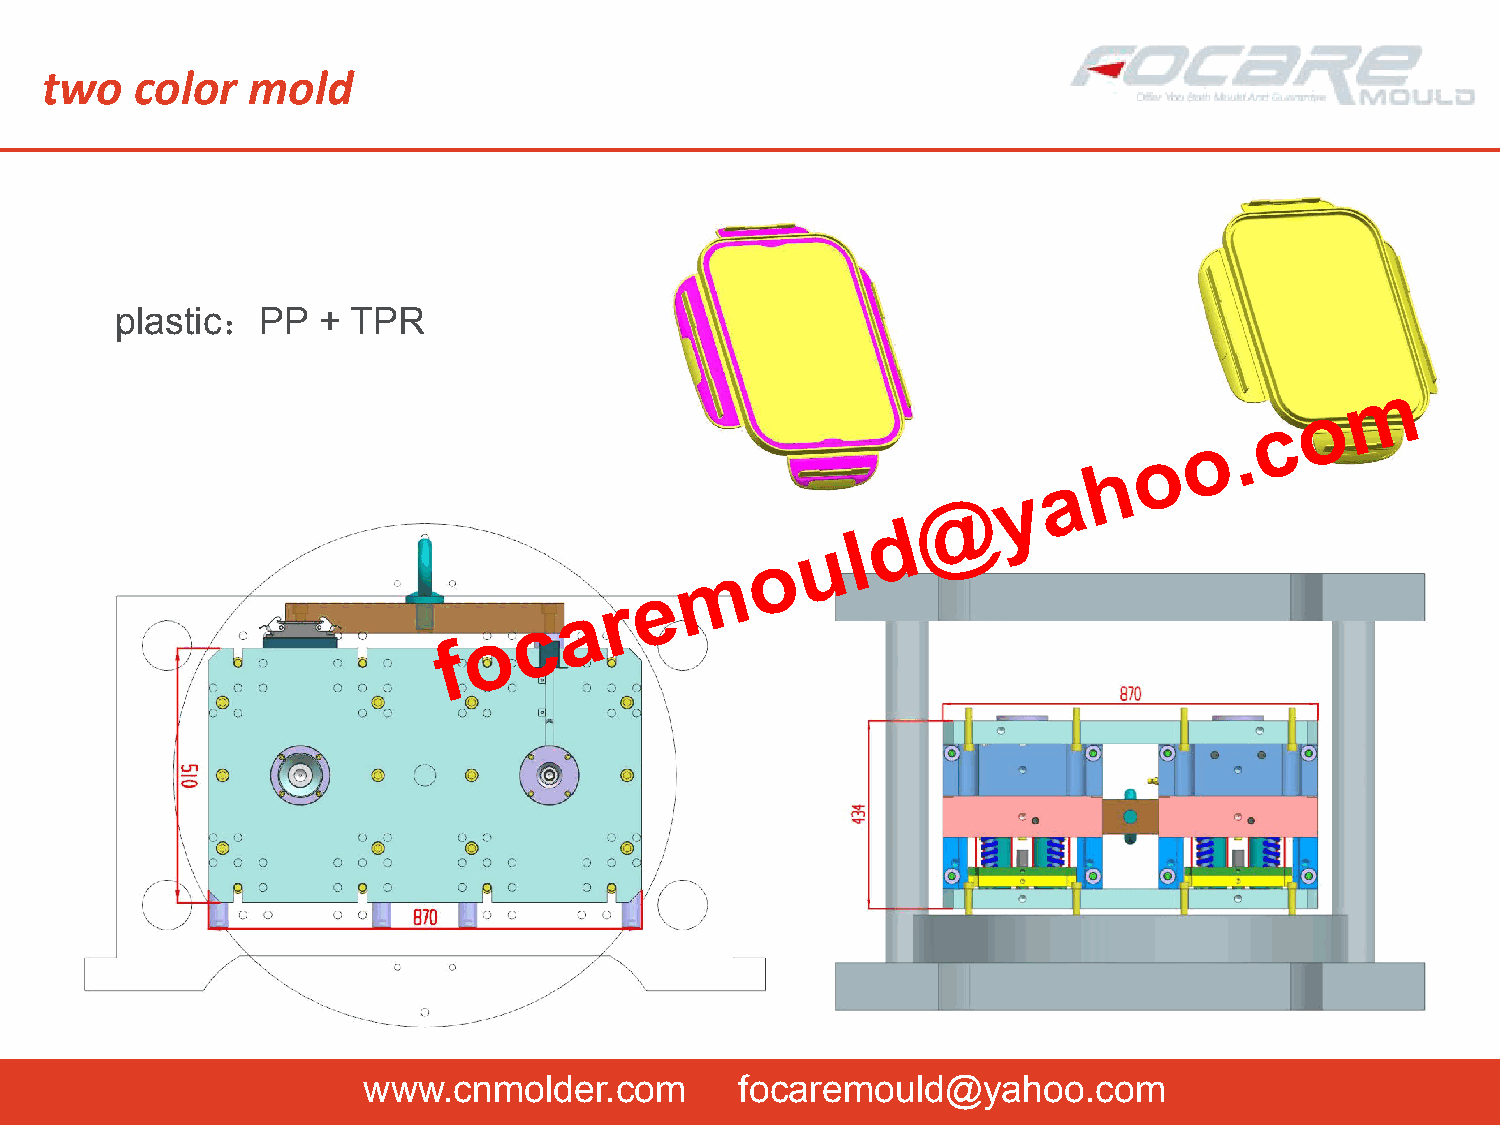
two   color  mold
 ：
 plastic  PP  + TPR
 m
 o
 c
 o  .
 o
 h
 a
 y
 @
 d
 u  l
 o
 m
 e
 r
 a
 c
 o
 f
 www.cnmolder.com         focaremould@yahoo.com